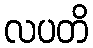
လပတိ